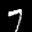
Label: 7